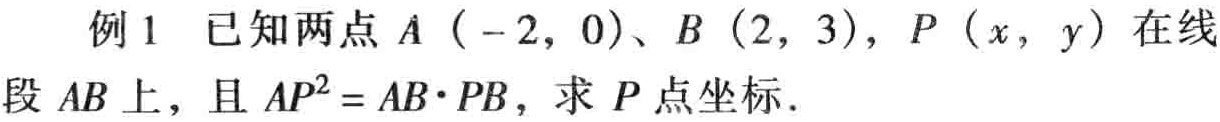
例1 已知两点\(A(-2,0)\)、\(B(2,3)\)，\(P(x,y)\)在线段\(AB\)上，且\(AP^{2}=AB\cdot PB\)，求\(P\)点坐标.